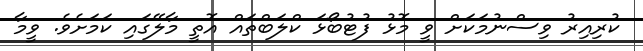
ކުރިއިރު ވިސްނުމަކަށް ވީ މޮޅު ފުޓުބޯޅަ ކްލަބްތައް އޮތީ މާލޭގައި ކަމަށެވެ. ވީމާ